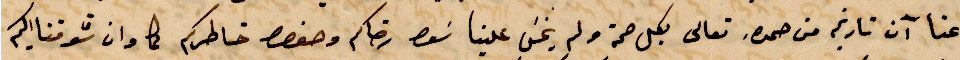
عنا آن تاريخ من %% تعالى لكل صحة ولم يخشى علينا %% رضاكم وحفظ خاطركم كما وان شوقنا اليكم